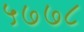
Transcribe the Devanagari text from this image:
५७७८